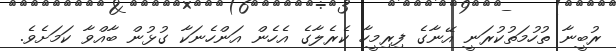
ރުބީނާ ތުހުމަތުކުރަނީ އޭނާގެ ފިރިމީހާ ކެރެލާގެ އެހެން އަންހެނަކާ ގުޅުން ބާއްވާ ކަމަށެވެ.